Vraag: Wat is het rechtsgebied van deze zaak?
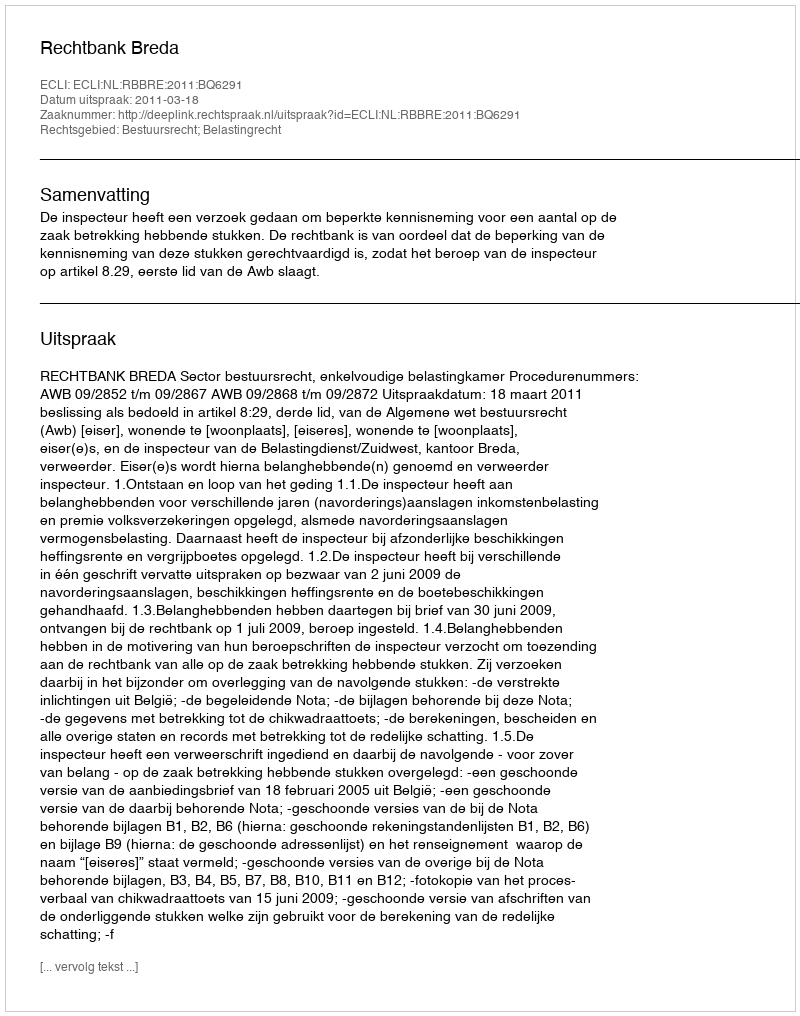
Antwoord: Bestuursrecht; Belastingrecht